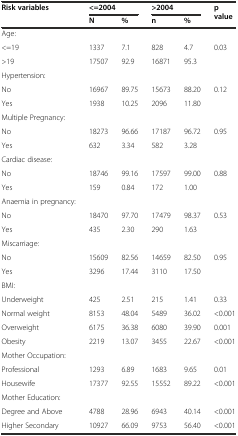
<table><thead><tr><td><b>Risk variables</b></td><td colspan="2"><b>&lt;=2004</b></td><td colspan="2"><b>&gt;2004</b></td><td rowspan="2"><b>p value</b></td></tr><tr><td></td><td><b>N</b></td><td><b>%</b></td><td><b>n</b></td><td><b>%</b></td></tr></thead><tbody><tr><td>Age:</td><td></td><td></td><td></td><td></td><td></td></tr><tr><td>&lt;=19</td><td>1337</td><td>7.1</td><td>828</td><td>4.7</td><td>0.03</td></tr><tr><td>&gt;19</td><td>17507</td><td>92.9</td><td>16871</td><td>95.3</td><td></td></tr><tr><td>Hypertension:</td><td></td><td></td><td></td><td></td><td></td></tr><tr><td>No</td><td>16967</td><td>89.75</td><td>15673</td><td>88.20</td><td>0.12</td></tr><tr><td>Yes</td><td>1938</td><td>10.25</td><td>2096</td><td>11.80</td><td></td></tr><tr><td>Multiple Pregnancy:</td><td></td><td></td><td></td><td></td><td></td></tr><tr><td>No</td><td>18273</td><td>96.66</td><td>17187</td><td>96.72</td><td>0.95</td></tr><tr><td>Yes</td><td>632</td><td>3.34</td><td>582</td><td>3.28</td><td></td></tr><tr><td>Cardiac disease:</td><td></td><td></td><td></td><td></td><td></td></tr><tr><td>No</td><td>18746</td><td>99.16</td><td>17597</td><td>99.00</td><td>0.88</td></tr><tr><td>Yes</td><td>159</td><td>0.84</td><td>172</td><td>1.00</td><td></td></tr><tr><td>Anaemia in pregnancy:</td><td></td><td></td><td></td><td></td><td></td></tr><tr><td>No</td><td>18470</td><td>97.70</td><td>17479</td><td>98.37</td><td>0.53</td></tr><tr><td>Yes</td><td>435</td><td>2.30</td><td>290</td><td>1.63</td><td></td></tr><tr><td>Miscarriage:</td><td></td><td></td><td></td><td></td><td></td></tr><tr><td>No</td><td>15609</td><td>82.56</td><td>14659</td><td>82.50</td><td>0.95</td></tr><tr><td>Yes</td><td>3296</td><td>17.44</td><td>3110</td><td>17.50</td><td></td></tr><tr><td>BMI:</td><td></td><td></td><td></td><td></td><td></td></tr><tr><td>Underweight</td><td>425</td><td>2.51</td><td>215</td><td>1.41</td><td>0.33</td></tr><tr><td>Normal weight</td><td>8153</td><td>48.04</td><td>5489</td><td>36.02</td><td>&lt;0.001</td></tr><tr><td>Overweight</td><td>6175</td><td>36.38</td><td>6080</td><td>39.90</td><td>0.001</td></tr><tr><td>Obesity</td><td>2219</td><td>13.07</td><td>3455</td><td>22.67</td><td>&lt;0.001</td></tr><tr><td>Mother Occupation:</td><td></td><td></td><td></td><td></td><td></td></tr><tr><td>Professional</td><td>1293</td><td>6.89</td><td>1683</td><td>9.65</td><td>0.01</td></tr><tr><td>Housewife</td><td>17377</td><td>92.55</td><td>15552</td><td>89.22</td><td>&lt;0.001</td></tr><tr><td>Mother Education:</td><td></td><td></td><td></td><td></td><td></td></tr><tr><td>Degree and Above</td><td>4788</td><td>28.96</td><td>6943</td><td>40.14</td><td>&lt;0.001</td></tr><tr><td>Higher Secondary</td><td>10927</td><td>66.09</td><td>9753</td><td>56.40</td><td>&lt;0.001</td></tr></tbody></table>